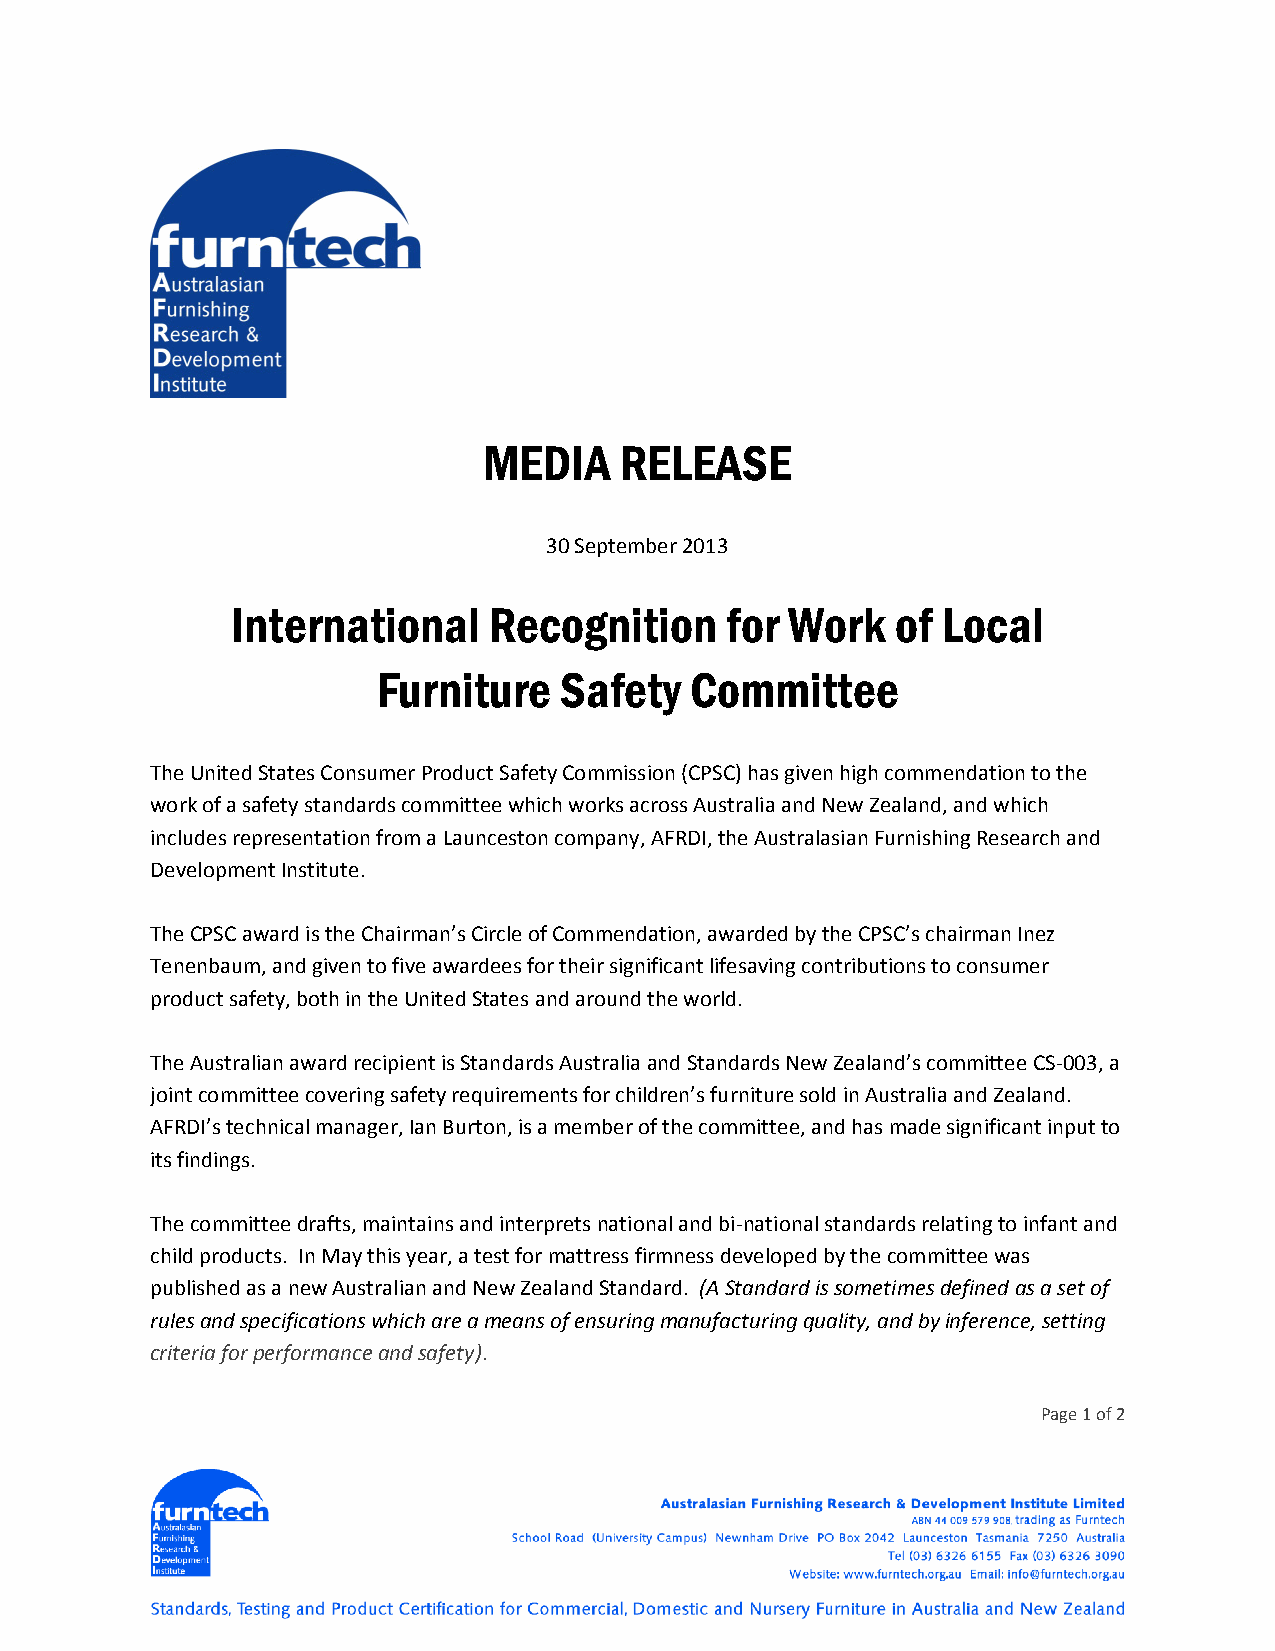
MEDIA    RELEASE
 30 September 2013
 International    Recognition     for Work   of Local
 Furniture   Safety   Committee
 The United States Consumer Product Safety Commission (CPSC) has given high commendation to the
 work of a safety standards committee which works across Australia and New Zealand, and which
 includes representation from a Launceston company, AFRDI, the Australasian Furnishing Research and
 Development Institute.
 The CPSC award is the Chairman’s Circle of Commendation, awarded by the CPSC’s chairman Inez
 Tenenbaum, and given to five awardees for their significant lifesaving contributions to consumer
 product safety, both in the United States and around the world.
 The Australian award recipient is Standards Australia and Standards New Zealand’s committee CS‐003, a
 joint committee covering safety requirements for children’s furniture sold in Australia and Zealand.
 AFRDI’s technical manager, Ian Burton, is a member of the committee, and has made significant input to
 its findings.
 The committee drafts, maintains and interprets national and bi‐national standards relating to infant and
 child products. In May this year, a test for mattress firmness developed by the committee was
 published as a new Australian and New Zealand Standard. (A Standard is sometimes defined as a set of
 rules and specifications which are a means of ensuring manufacturing quality, and by inference, setting
 criteria for performance and safety).
 Page 1 of 2